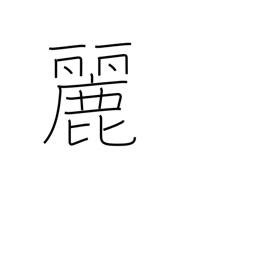
Meaning: lovely